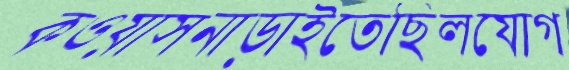
কওয়াসনাড়াইতেছিলযোগ